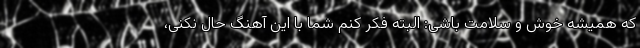
که همیشه خوش و سلامت باشی: البته فکر کنم شما با این آهنگ حال نکنی،